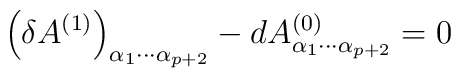
\left(\delta A^{(1)}\right)_{\alpha_1\cdots\alpha_{p+2}} - d A^{(0)}_{\alpha_1\cdots\alpha_{p+2}} = 0